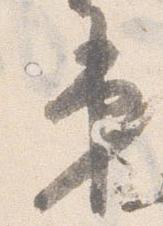
第